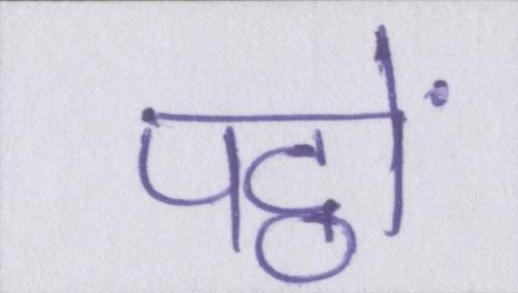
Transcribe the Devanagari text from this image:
पट्ठों